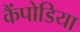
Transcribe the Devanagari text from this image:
कैंपोडिया